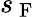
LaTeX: s_{\mathrm{~F~}}